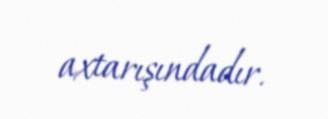
axtarışındadır.